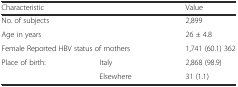
<table><thead><tr><td colspan="2"><b>Characteristic</b></td><td><b>Value</b></td></tr></thead><tbody><tr><td colspan="2">No. of subjects</td><td>2,899</td></tr><tr><td colspan="2">Age in years</td><td>26 ± 4.8</td></tr><tr><td colspan="2">Female Reported HBV status of mothers</td><td>1,741 (60.1) 362</td></tr><tr><td rowspan="2">Place of birth:</td><td>Italy</td><td>2,868 (98.9)</td></tr><tr><td>Elsewhere</td><td>31 (1.1)</td></tr></tbody></table>